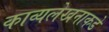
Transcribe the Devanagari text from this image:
काव्यलेखनाकडे